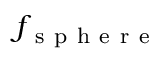
f _ { \mathrm { ~ s ~ p ~ h ~ e ~ r ~ e ~ } }